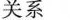
关系